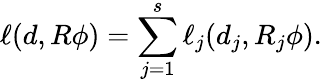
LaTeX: \ell(d,R\phi)=\sum_{j=1}^{s}\ell_{j}(d_{j},R_{j}\phi).